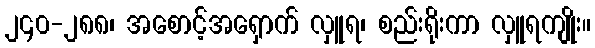
၂၄၀-၂၈၈၊ အစောင့်အရှောက် လှူရ၊ စည်းရိုးကာ လှူရကျိုး။